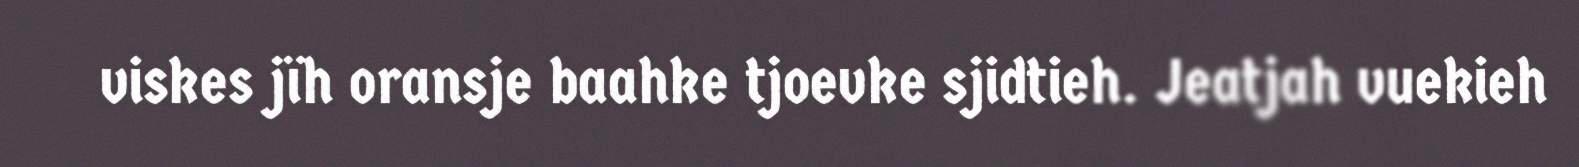
viskes jïh oransje baahke tjoevke sjidtieh. Jeatjah vuekieh